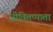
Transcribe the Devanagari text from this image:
जीवितप्पाता